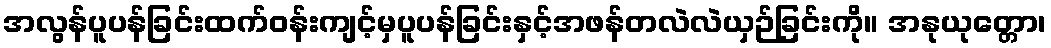
အလွန်ပူပန်ခြင်းထက်ဝန်းကျင့်မှပူပန်ခြင်းနှင့်အဖန်တလဲလဲယှဉ်ခြင်းကို။ အနုယုတ္တော၊